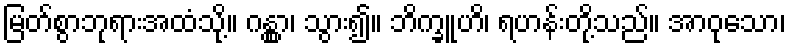
မြတ်စွာဘုရားအထံသို့။ ဂန္တွာ၊ သွား၍။ ဘိက္ခူဟိ၊ ရဟန်းတို့သည်။ အာဝုသော၊